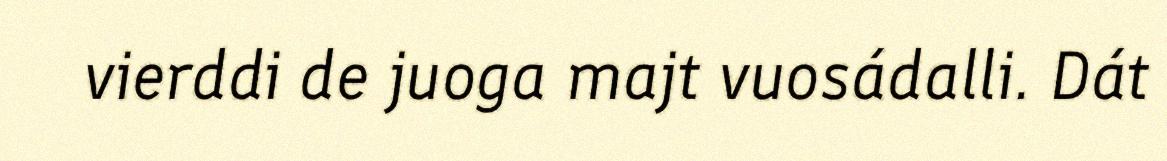
vierddi de juoga majt vuosádalli. Dát